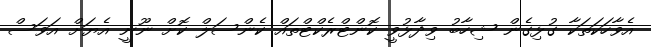
އެވާހަކަތަކާ ގުޅިގެން ޝިހާބު ވިދާޅުވީ ކޮންޓްރެކްޓްތައް ކެންސަލް ކޮށް ނޫނީ އެޔަށް އަވަސް